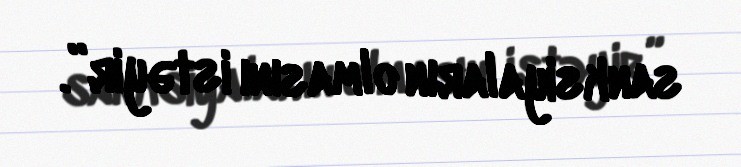
sanksiyaların olmasını istəyir”.